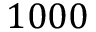
1 0 0 0